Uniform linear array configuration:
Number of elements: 32
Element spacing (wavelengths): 1
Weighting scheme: exponential
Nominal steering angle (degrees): -15
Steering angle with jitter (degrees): -15.728
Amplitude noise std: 0.05
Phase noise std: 0.05

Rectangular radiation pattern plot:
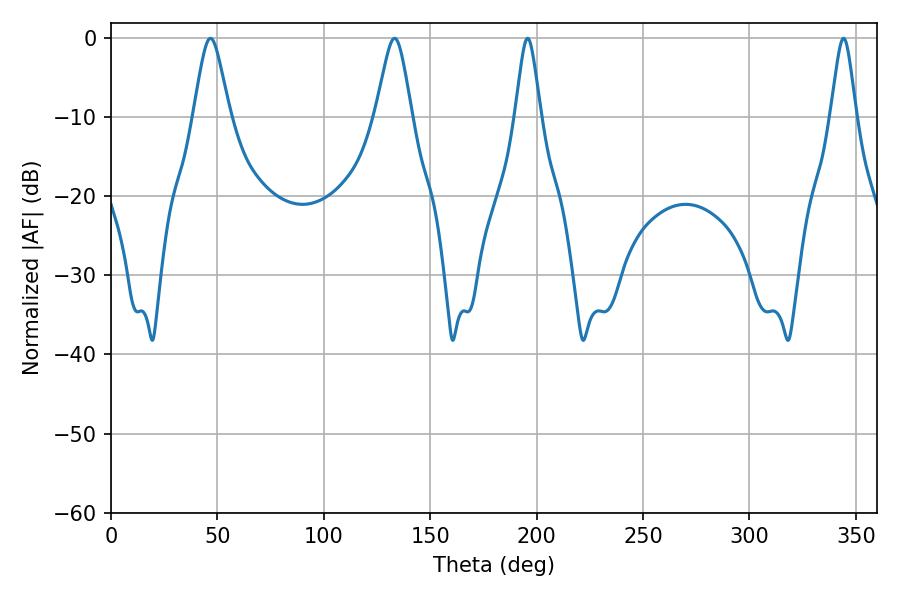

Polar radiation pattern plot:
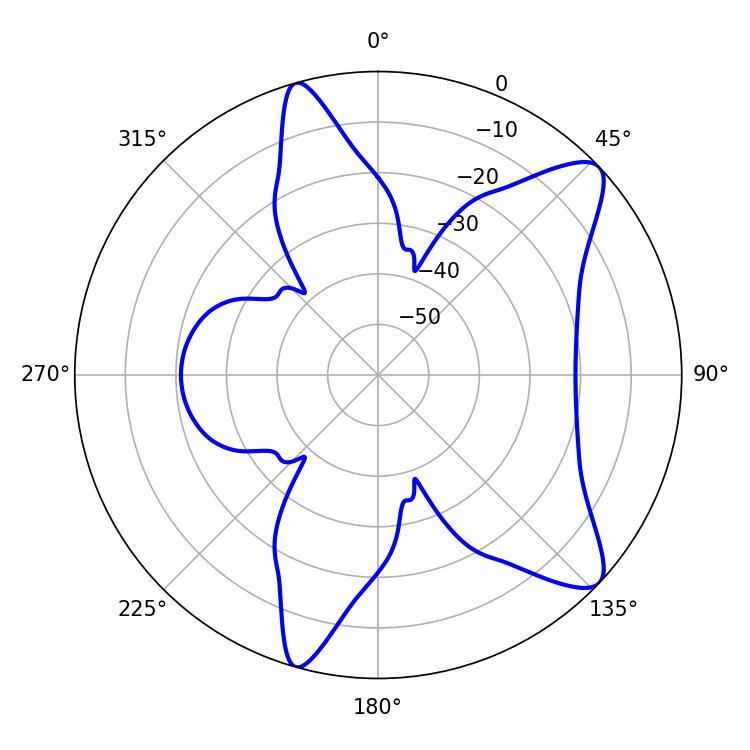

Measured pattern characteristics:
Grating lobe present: TRUE
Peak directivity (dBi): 10.147
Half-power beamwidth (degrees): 8.1
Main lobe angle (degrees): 46.8